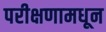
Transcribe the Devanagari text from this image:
परीक्षणामधून